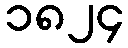
၁၈၂၄